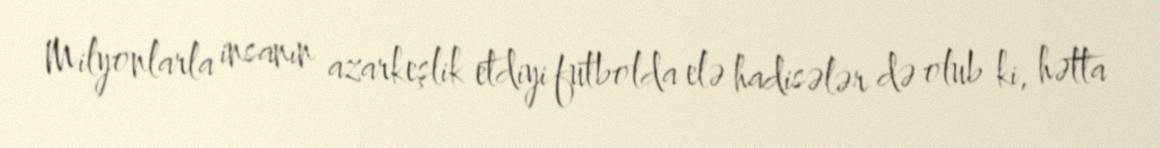
Milyonlarla insanın azarkeşlik etdiyi futbolda elə hadisələr də olub ki, hətta